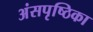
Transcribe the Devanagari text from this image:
अंसपृष्ठिका